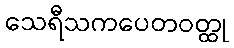
သေရီသကပေတဝတ္ထု